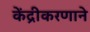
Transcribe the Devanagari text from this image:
केंद्रीकरणाने